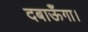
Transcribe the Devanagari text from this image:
दबाऊँगा।